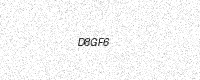
Text: D8GF6